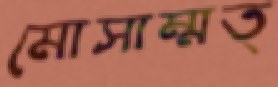
মোসাম্মত্